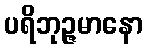
ပရိဘုဉ္ဇမာနော